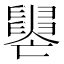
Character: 𦦭